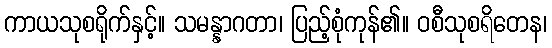
ကာယသုစရိုက်နှင့်။ သမန္နာဂတာ၊ ပြည့်စုံကုန်၏။ ဝစီသုစရိတေန၊